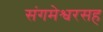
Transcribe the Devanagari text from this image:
संगमेश्वरसह